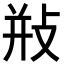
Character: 𢼩